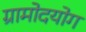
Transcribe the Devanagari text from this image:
ग्रामोदयोग